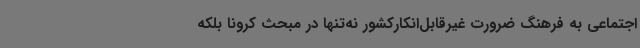
اجتماعی به فرهنگ ضرورت غیرقابل‌انکارکشور نه‌تنها در مبحث کرونا بلکه